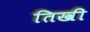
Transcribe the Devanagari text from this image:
तिखी